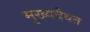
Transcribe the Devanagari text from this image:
मुख्यदैवत